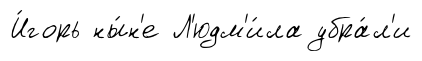
И́горь ны́н'е Л'юдм'и́ла убра́л'и